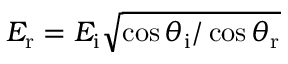
E _ { \mathrm { r } } = E _ { \mathrm { i } } \sqrt { \cos \theta _ { \mathrm { i } } / \cos \theta _ { \mathrm { r } } }